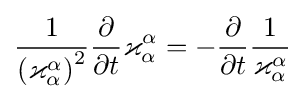
{\frac {1}{\left(\varkappa _{\alpha }^{\alpha }\right)^{2}}}{\frac {\partial }{\partial t}}\varkappa _{\alpha }^{\alpha }=-{\frac {\partial }{\partial t}}{\frac {1}{\varkappa _{\alpha }^{\alpha }}}